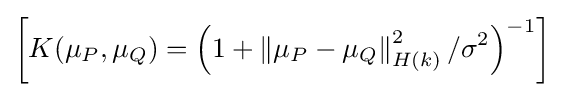
\left[K(\mu _{P},\mu _{Q})=\left(1+\left\|\mu _{P}-\mu _{Q}\right\|_{H(k)}^{2}/\sigma ^{2}\right)^{-1}\right]